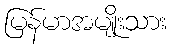
မြန်မာအမျိုးသား